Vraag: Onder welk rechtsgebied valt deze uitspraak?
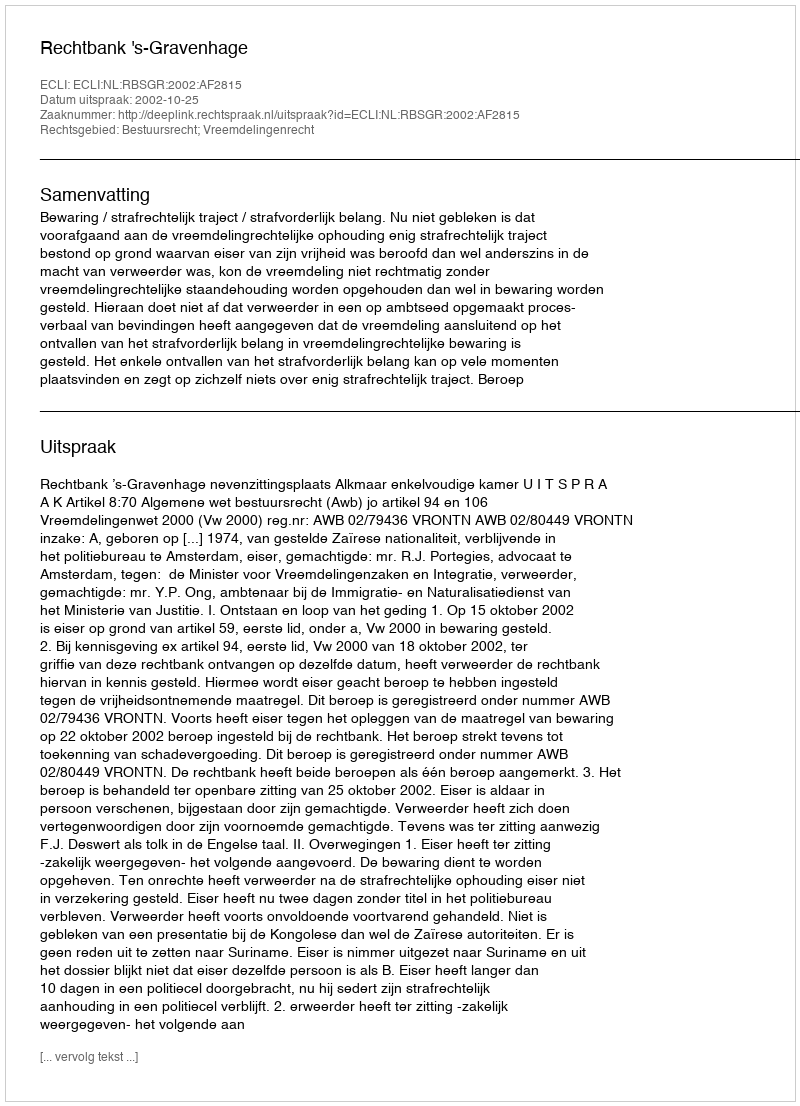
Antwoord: Bestuursrecht; Vreemdelingenrecht